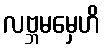
လဗ္ဘမမှေဟိ